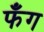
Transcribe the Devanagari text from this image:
फँग